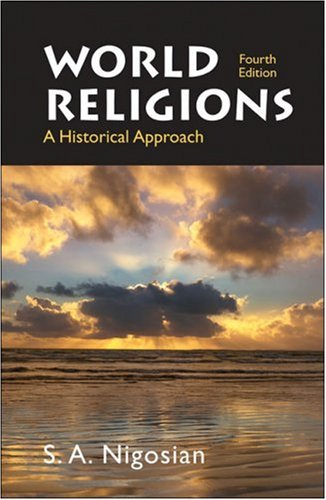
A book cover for World Religions: A Historical Approach; Solomon A. Nigosian; Religion & Spirituality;